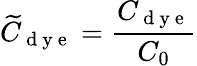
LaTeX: \widetilde{C}_{\mathrm{~d~y~e~}}=\frac{C_{\mathrm{~d~y~e~}}}{C_{0}}